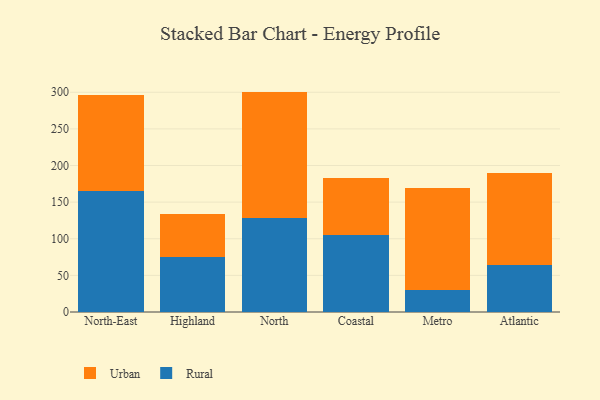
{"axis": {"x": "Region", "y": "Bounce Rate (%)"}, "legend": ["Rural", "Urban"], "data": [{"x": "North-East", "y": 165.1, "type": "Rural"}, {"x": "North-East", "y": 131.3, "type": "Urban"}, {"x": "Highland", "y": 75.6, "type": "Rural"}, {"x": "Highland", "y": 58.3, "type": "Urban"}, {"x": "North", "y": 128.2, "type": "Rural"}, {"x": "North", "y": 172.7, "type": "Urban"}, {"x": "Coastal", "y": 104.8, "type": "Rural"}, {"x": "Coastal", "y": 78.5, "type": "Urban"}, {"x": "Metro", "y": 29.7, "type": "Rural"}, {"x": "Metro", "y": 140.0, "type": "Urban"}, {"x": "Atlantic", "y": 63.8, "type": "Rural"}, {"x": "Atlantic", "y": 125.6, "type": "Urban"}]}